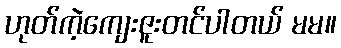
ဟုတ်ကဲ့ကျေးဇူးတင်ပါတယ် မမ။